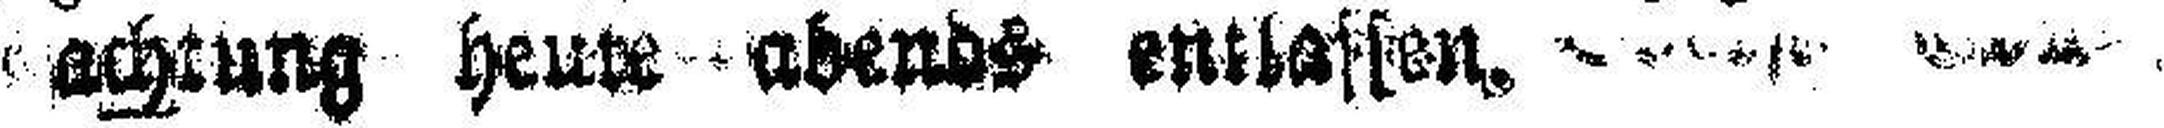
achrung heute abends entlassen.